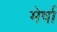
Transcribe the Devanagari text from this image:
मेर्षा